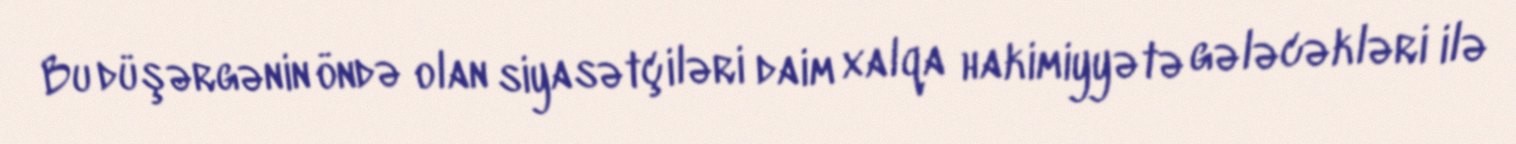
Bu düşərgənin öndə olan siyasətçiləri daim xalqa hakimiyyətə gələcəkləri ilə